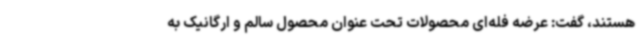
هستند، گفت: عرضه فله‌ای محصولات تحت عنوان محصول سالم و ارگانیک به